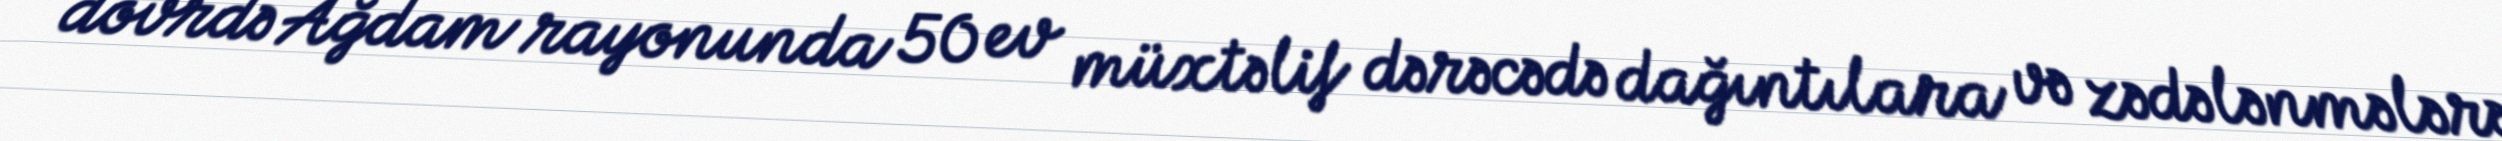
dövrdə Ağdam rayonunda 50 ev müxtəlif dərəcədə dağıntılara və zədələnmələrə